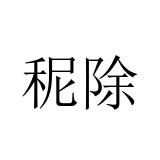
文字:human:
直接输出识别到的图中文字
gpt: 秜除